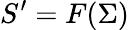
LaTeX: S^{\prime}=F(\Sigma)